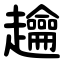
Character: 䟑